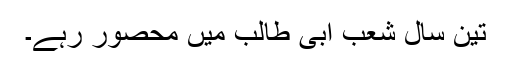
تین سال شِعب ابی طالب میں محصور رہے۔